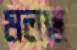
মলছ